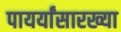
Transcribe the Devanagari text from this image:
पायर्यांसारख्या